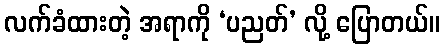
လက်ခံထားတဲ့ အရာကို ‘ပညတ်’ လို့ ပြောတယ်။